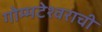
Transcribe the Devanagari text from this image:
गोम्मटेश्वराची